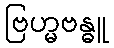
ဗြဟ္မဗန္ဓူ